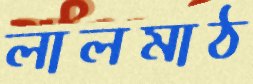
লালমাঠ